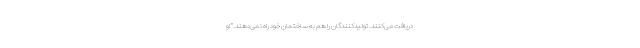
دریافت می‌کنند. تولیدکنندگان را هم به ساختمان خود راه نمی‌دهند." او